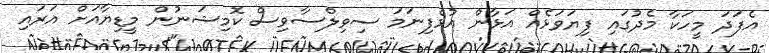
އެފަދަ މީހަކާ މެދުގައި ފިޔަވަޅެއް އަޅާން އުޅެފިނަމަ ސިވިލްސާވިސް ކޮމިޝަނުން މީޑިޔާއަށް އަރައި